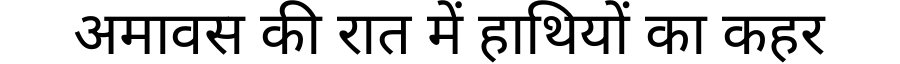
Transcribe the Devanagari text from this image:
अमावस की रात में हाथियों का कहर